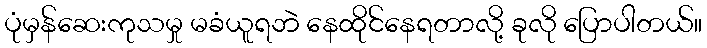
ပုံမှန်ဆေးကုသမှု မခံယူရဘဲ နေထိုင်နေရတာလို့ ခုလို ပြောပါတယ်။